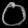
Digit: ၀